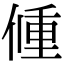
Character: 𨤨